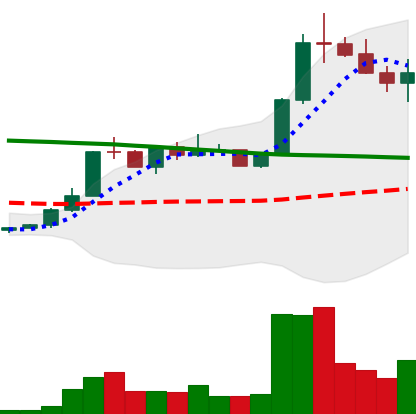
Ticker: ETC-USD
Chart end date: 2022-08-02
Forward return: 3.167%
Label: up_3_5